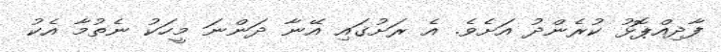
ފާދިއްޕޮޅު ކުރެންދު އަށެވެ. އެ ރަށުގައި އޭނާ ދަންނަ މީހަކު ނެތުމާ އެކު